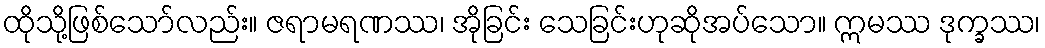
ထိုသို့ဖြစ်သော်လည်း။ ဇရာမရဏဿ၊ အိုခြင်း သေခြင်းဟုဆိုအပ်သော။ ဣမဿ ဒုက္ခဿ၊